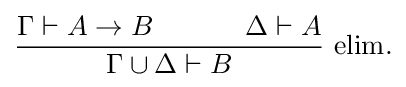
{\dfrac {\Gamma \vdash A\to B~~~~~~~~~~\Delta \vdash A}{\Gamma \cup \Delta \vdash B}}{\mbox{ elim.}}